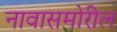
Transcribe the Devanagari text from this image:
नावासमोरील